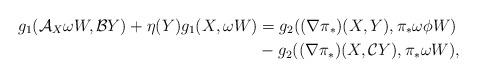
LaTeX: \begin{align*}g_{1}(\mathcal{A}_{X}\omega W,\mathcal{B}Y)+\eta(Y)g_{1}(X,\omega W)&=g_{2}((\nabla \pi_*)(X,Y),\pi_*\omega\phi W)\\&-g_{2}((\nabla \pi_*)(X,\mathcal{C}Y),\pi_*\omega W),\end{align*}